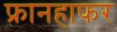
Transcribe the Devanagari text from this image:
फ्रानहाफर